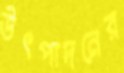
উৎপাদনের